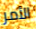
الأمر